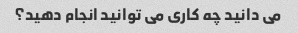
می دانید چه کاری می توانید انجام دهید؟